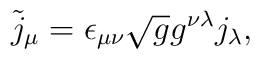
\tilde{j}_{\mu} = \epsilon_{\mu \nu} \sqrt{g} g^{\nu \lambda} j_{\lambda},